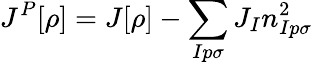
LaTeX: J^{P}[\rho]=J[\rho]-\sum_{Ip\sigma}J_{I}n_{Ip\sigma}^{2}